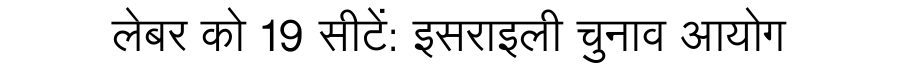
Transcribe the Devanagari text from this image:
लेबर को 19 सीटें: इसराइली चुनाव आयोग